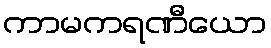
ကာမကရဏီယော